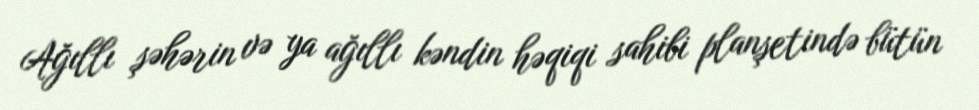
Ağıllı şəhərin və ya ağıllı kəndin həqiqi sahibi planşetində bütün